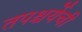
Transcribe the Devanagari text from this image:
तपश्चर्येची